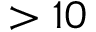
> 1 0